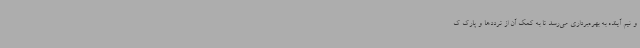
و نیم آینده به بهره‌برداری می‌رسد تا به کمک آن از ترددها و پارک ک